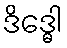
ဒိဒ္ဓေါ